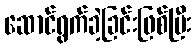
ဆောင်ရွက်ခဲ့ခြင်းဖြစ်ပြီး